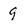
Character: 9